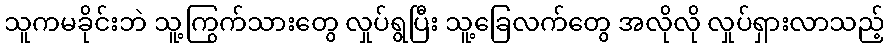
သူကမခိုင်းဘဲ သူ့ကြွက်သားတွေ လှုပ်ရွပြီး သူ့ခြေလက်တွေ အလိုလို လှုပ်ရှားလာသည့်